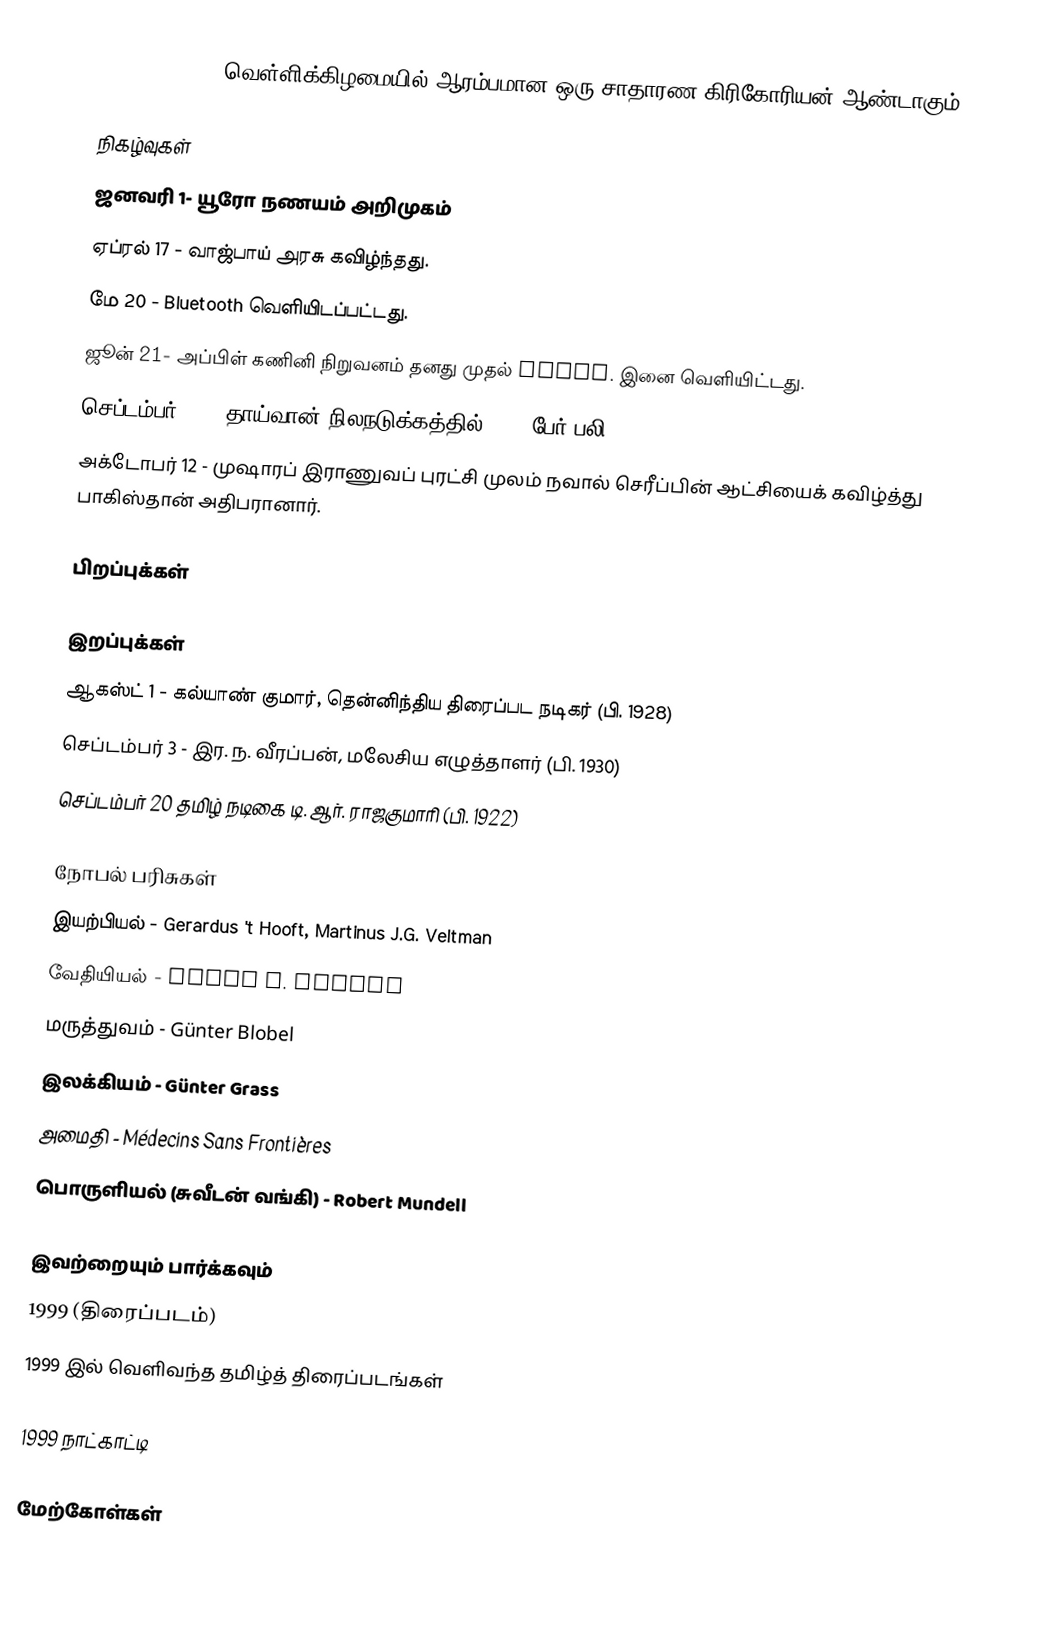
1999 (MCMXCIX) வெள்ளிக்கிழமையில் ஆரம்பமான ஒரு சாதாரண கிரிகோரியன் ஆண்டாகும்.

நிகழ்வுகள்
 ஜனவரி 1- யூரோ நணயம் அறிமுகம்
 ஏப்ரல் 17 - வாஜ்பாய் அரசு கவிழ்ந்தது.
 மே 20 - Bluetooth வெளியிடப்பட்டது.
 ஜூன் 21- அப்பிள் கணினி நிறுவனம் தனது முதல் iBook. இனை வெளியிட்டது.
 செப்டம்பர் 21 - தாய்வான் நிலநடுக்கத்தில் 2400 பேர் பலி.
 அக்டோபர் 12 - முஷாரப் இராணுவப் புரட்சி முலம் நவால் செரீப்பின் ஆட்சியைக் கவிழ்த்து பாகிஸ்தான் அதிபரானார்.

பிறப்புக்கள்

இறப்புக்கள்
 ஆகஸ்ட் 1 - கல்யாண் குமார், தென்னிந்திய திரைப்பட நடிகர் (பி. 1928)
 செப்டம்பர் 3 - இர. ந. வீரப்பன், மலேசிய எழுத்தாளர் (பி. 1930)
 செப்டம்பர் 20 தமிழ் நடிகை டி. ஆர். ராஜகுமாரி (பி. 1922)

நோபல் பரிசுகள்
 இயற்பியல் - Gerardus 't Hooft, Martinus J.G. Veltman
 வேதியியல் - Ahmed H. Zewail
 மருத்துவம் - Günter Blobel
 இலக்கியம் - Günter Grass
 அமைதி - Médecins Sans Frontières
 பொருளியல் (சுவீடன் வங்கி) - Robert Mundell

இவற்றையும் பார்க்கவும்
 1999 (திரைப்படம்)
 1999 இல் வெளிவந்த தமிழ்த் திரைப்படங்கள்

1999 நாட்காட்டி

மேற்கோள்கள்